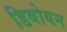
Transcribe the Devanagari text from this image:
डिबोयन